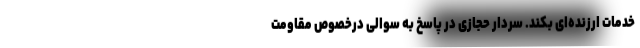
خدمات ارزنده‌ای بکند. سردار حجازی در پاسخ به سوالی درخصوص مقاومت